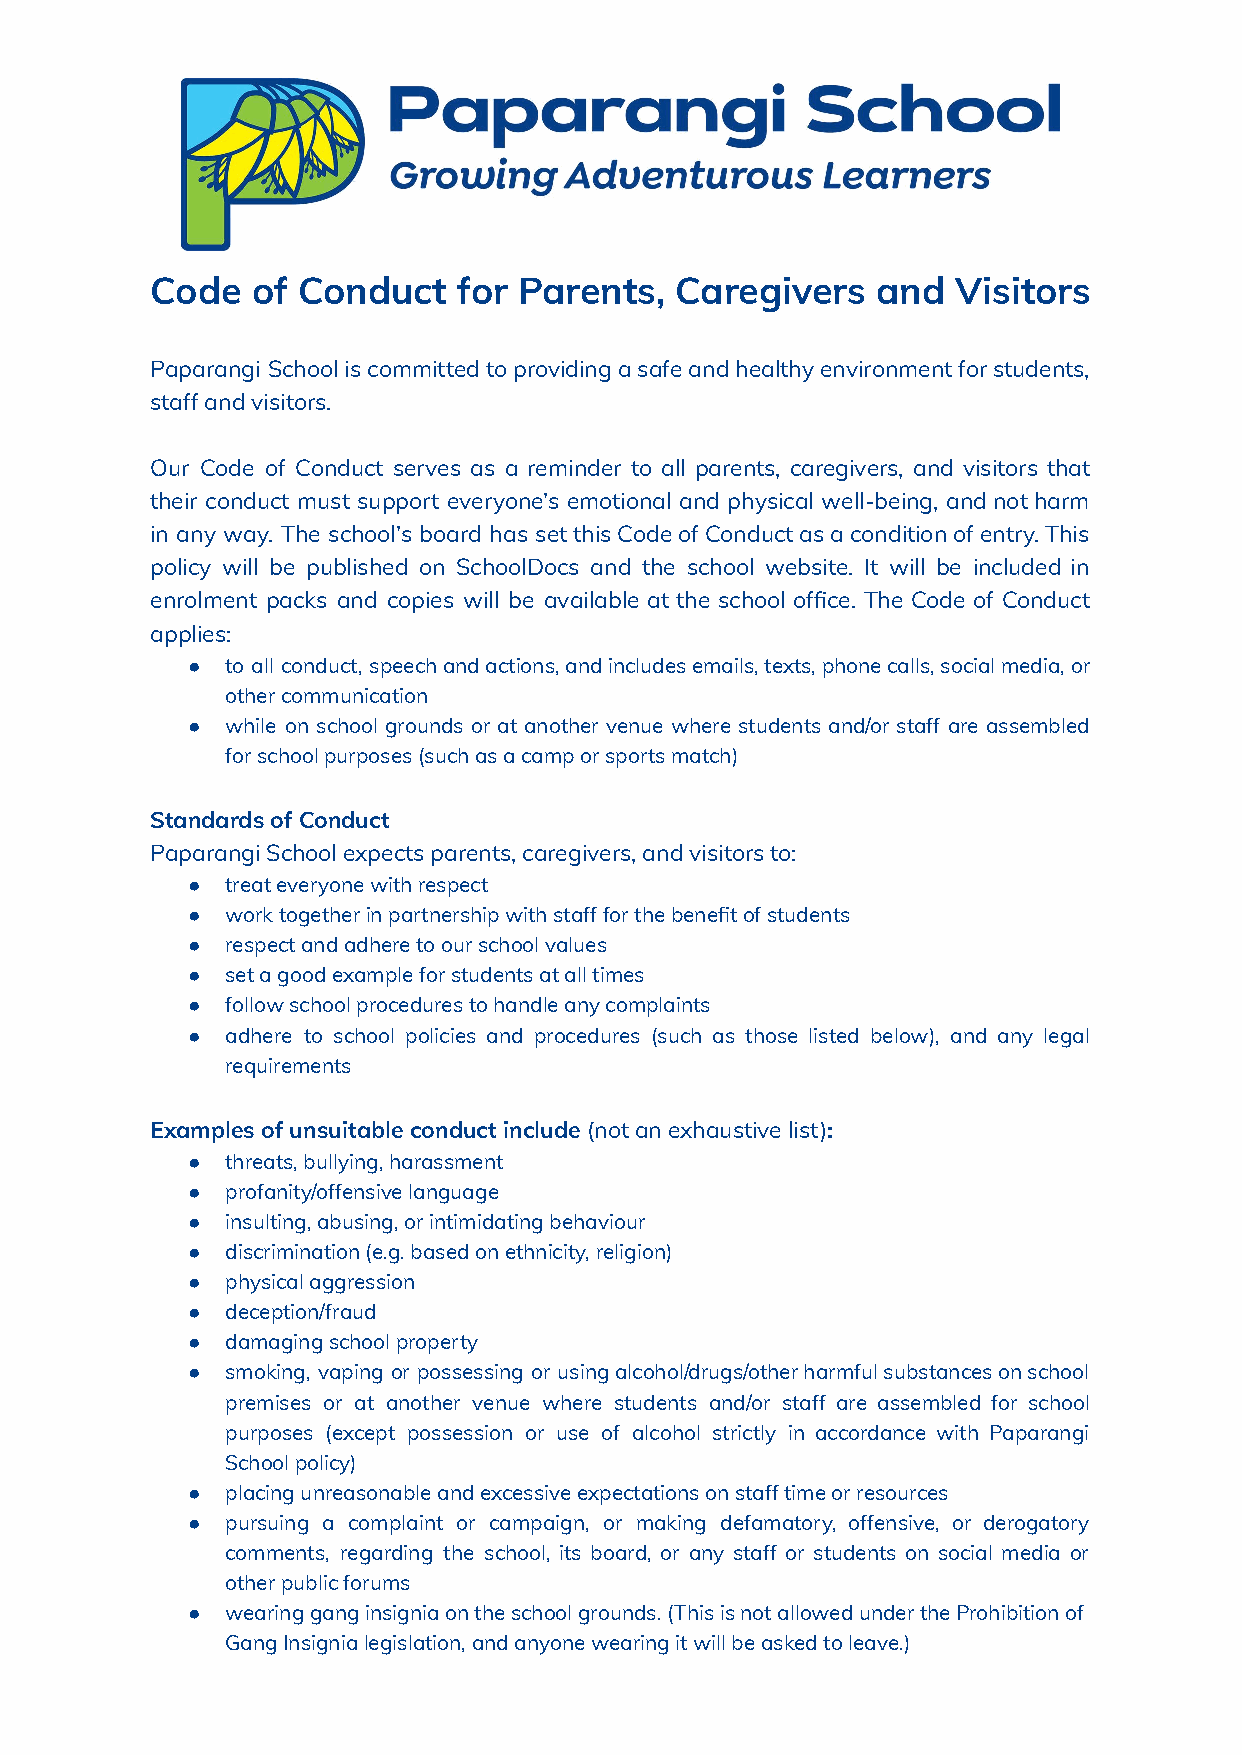
Code   of Conduct   for Parents,   Caregivers   and  Visitors
 Paparangi Schooliscommittedtoprovidingasafeandhealthyenvironmentforstudents,
 staff and visitors.
 Our Code of Conduct serves as a reminder to all parents, caregivers, and visitors that
 their conduct must support everyone’s emotional and physical well-being, andnotharm
 in any way. The school’s board has setthisCodeofConductasaconditionofentry.This
 policy will be published on SchoolDocs and the school website. It will be included in
 enrolment packs and copies will be available at the school office. The Code of Conduct
 applies:
 ●  to all conduct, speechandactions,andincludesemails,texts,phonecalls,socialmedia,or
 other communication
 ●  while on school grounds or at another venue where students and/or staff are assembled
 for school purposes (such as a camp or sports match)
 Standards of Conduct
 Paparangi School expects parents, caregivers, and visitors to:
 ●  treat everyone with respect
 ●  work together in partnership with staff for the benefit of students
 ●  respect and adhere to our school values
 ●  set a good example for students at all times
 ●  follow school procedures to handle any complaints
 ●  adhere to school policies and procedures (such as those listed below), and any legal
 requirements
 Examples of unsuitable conduct include (not an exhaustivelist):
 ●  threats, bullying, harassment
 ●  profanity/offensive language
 ●  insulting, abusing, or intimidating behaviour
 ●  discrimination (e.g. based on ethnicity, religion)
 ●  physical aggression
 ●  deception/fraud
 ●  damaging school property
 ●  smoking, vaping or possessing or usingalcohol/drugs/otherharmfulsubstancesonschool
 premises or at another venue where students and/or staff are assembled for school
 purposes (except possession or use of alcohol strictly in accordance with Paparangi
 School policy)
 ●  placing unreasonable and excessive expectations on staff time or resources
 ●  pursuing a complaint or campaign, or making defamatory, offensive, or derogatory
 comments, regarding the school, its board, or any staff or students on social media or
 other public forums
 ●  wearing gang insignia on the school grounds. (This is not allowed under the Prohibition of
 Gang Insignia legislation, and anyone wearing it will be asked to leave.)